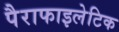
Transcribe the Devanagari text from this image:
पैराफाइलेटिक